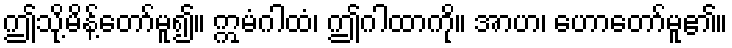
ဤသို့မိန့်တော်မူ၍။ ဣမံဂါထံ၊ ဤဂါထာကို။ အာဟ၊ ဟောတော်မူ၏။